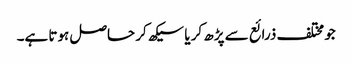
جو مختلف ذرائع سے پڑھ کر یا سیکھ کر حاصل ہوتا ہے۔